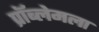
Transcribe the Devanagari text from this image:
प्रॉब्लेमला